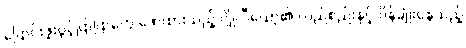
ပြောင်းဖူးပွင့်ပြာပြာတွေ ဖော်ထားသည့် ဂျိုလီယော့၏ လည်စည်းနှင့် ပိန်ချုံးနေသည့်